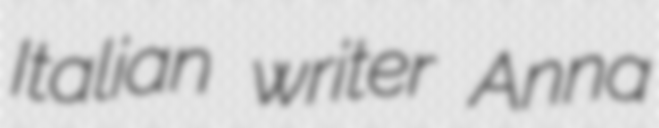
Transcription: Italian writer Anna